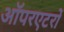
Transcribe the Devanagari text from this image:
ऑपरएटरों